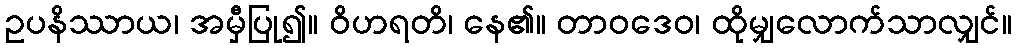
ဥပနိဿာယ၊ အမှီပြု၍။ ဝိဟရတိ၊ နေ၏။ တာဝဒေဝ၊ ထိုမျှလောက်သာလျှင်။